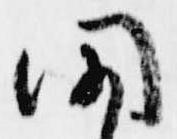
聞